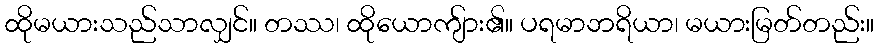
ထိုမယားသည်သာလျှင်။ တဿ၊ ထိုယောကျ်ား၏။ ပရမာဘရိယာ၊ မယားမြတ်တည်း။